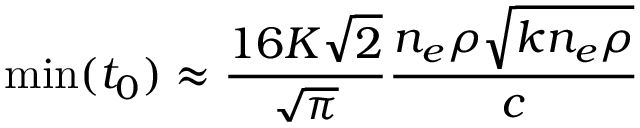
\operatorname* { m i n } ( t _ { 0 } ) \approx \frac { 1 6 K \sqrt { 2 } } { \sqrt { \pi } } \frac { n _ { e } \rho \sqrt { k n _ { e } \rho } } { c }